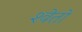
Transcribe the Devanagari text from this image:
श्‍वेतो